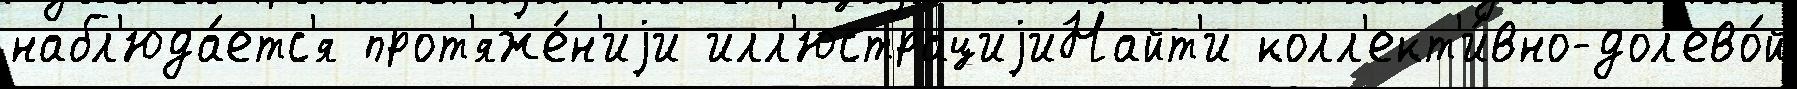
набл'юда́етс'я прот'яже́н'иjи илл'юстрациjиНайт'и колл'ект'и́вно-дол'ево́й